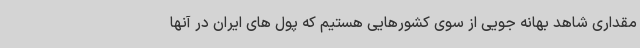
مقداری شاهد بهانه جویی از سوی کشورهایی هستیم که پول های ایران در آنها